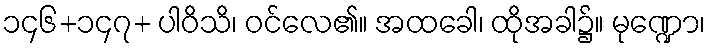
၁၄၆+၁၄၇+ ပါဝိသိ၊ ဝင်လေ၏။ အထခေါ၊ ထိုအခါ၌။ မုဏ္ဍော၊